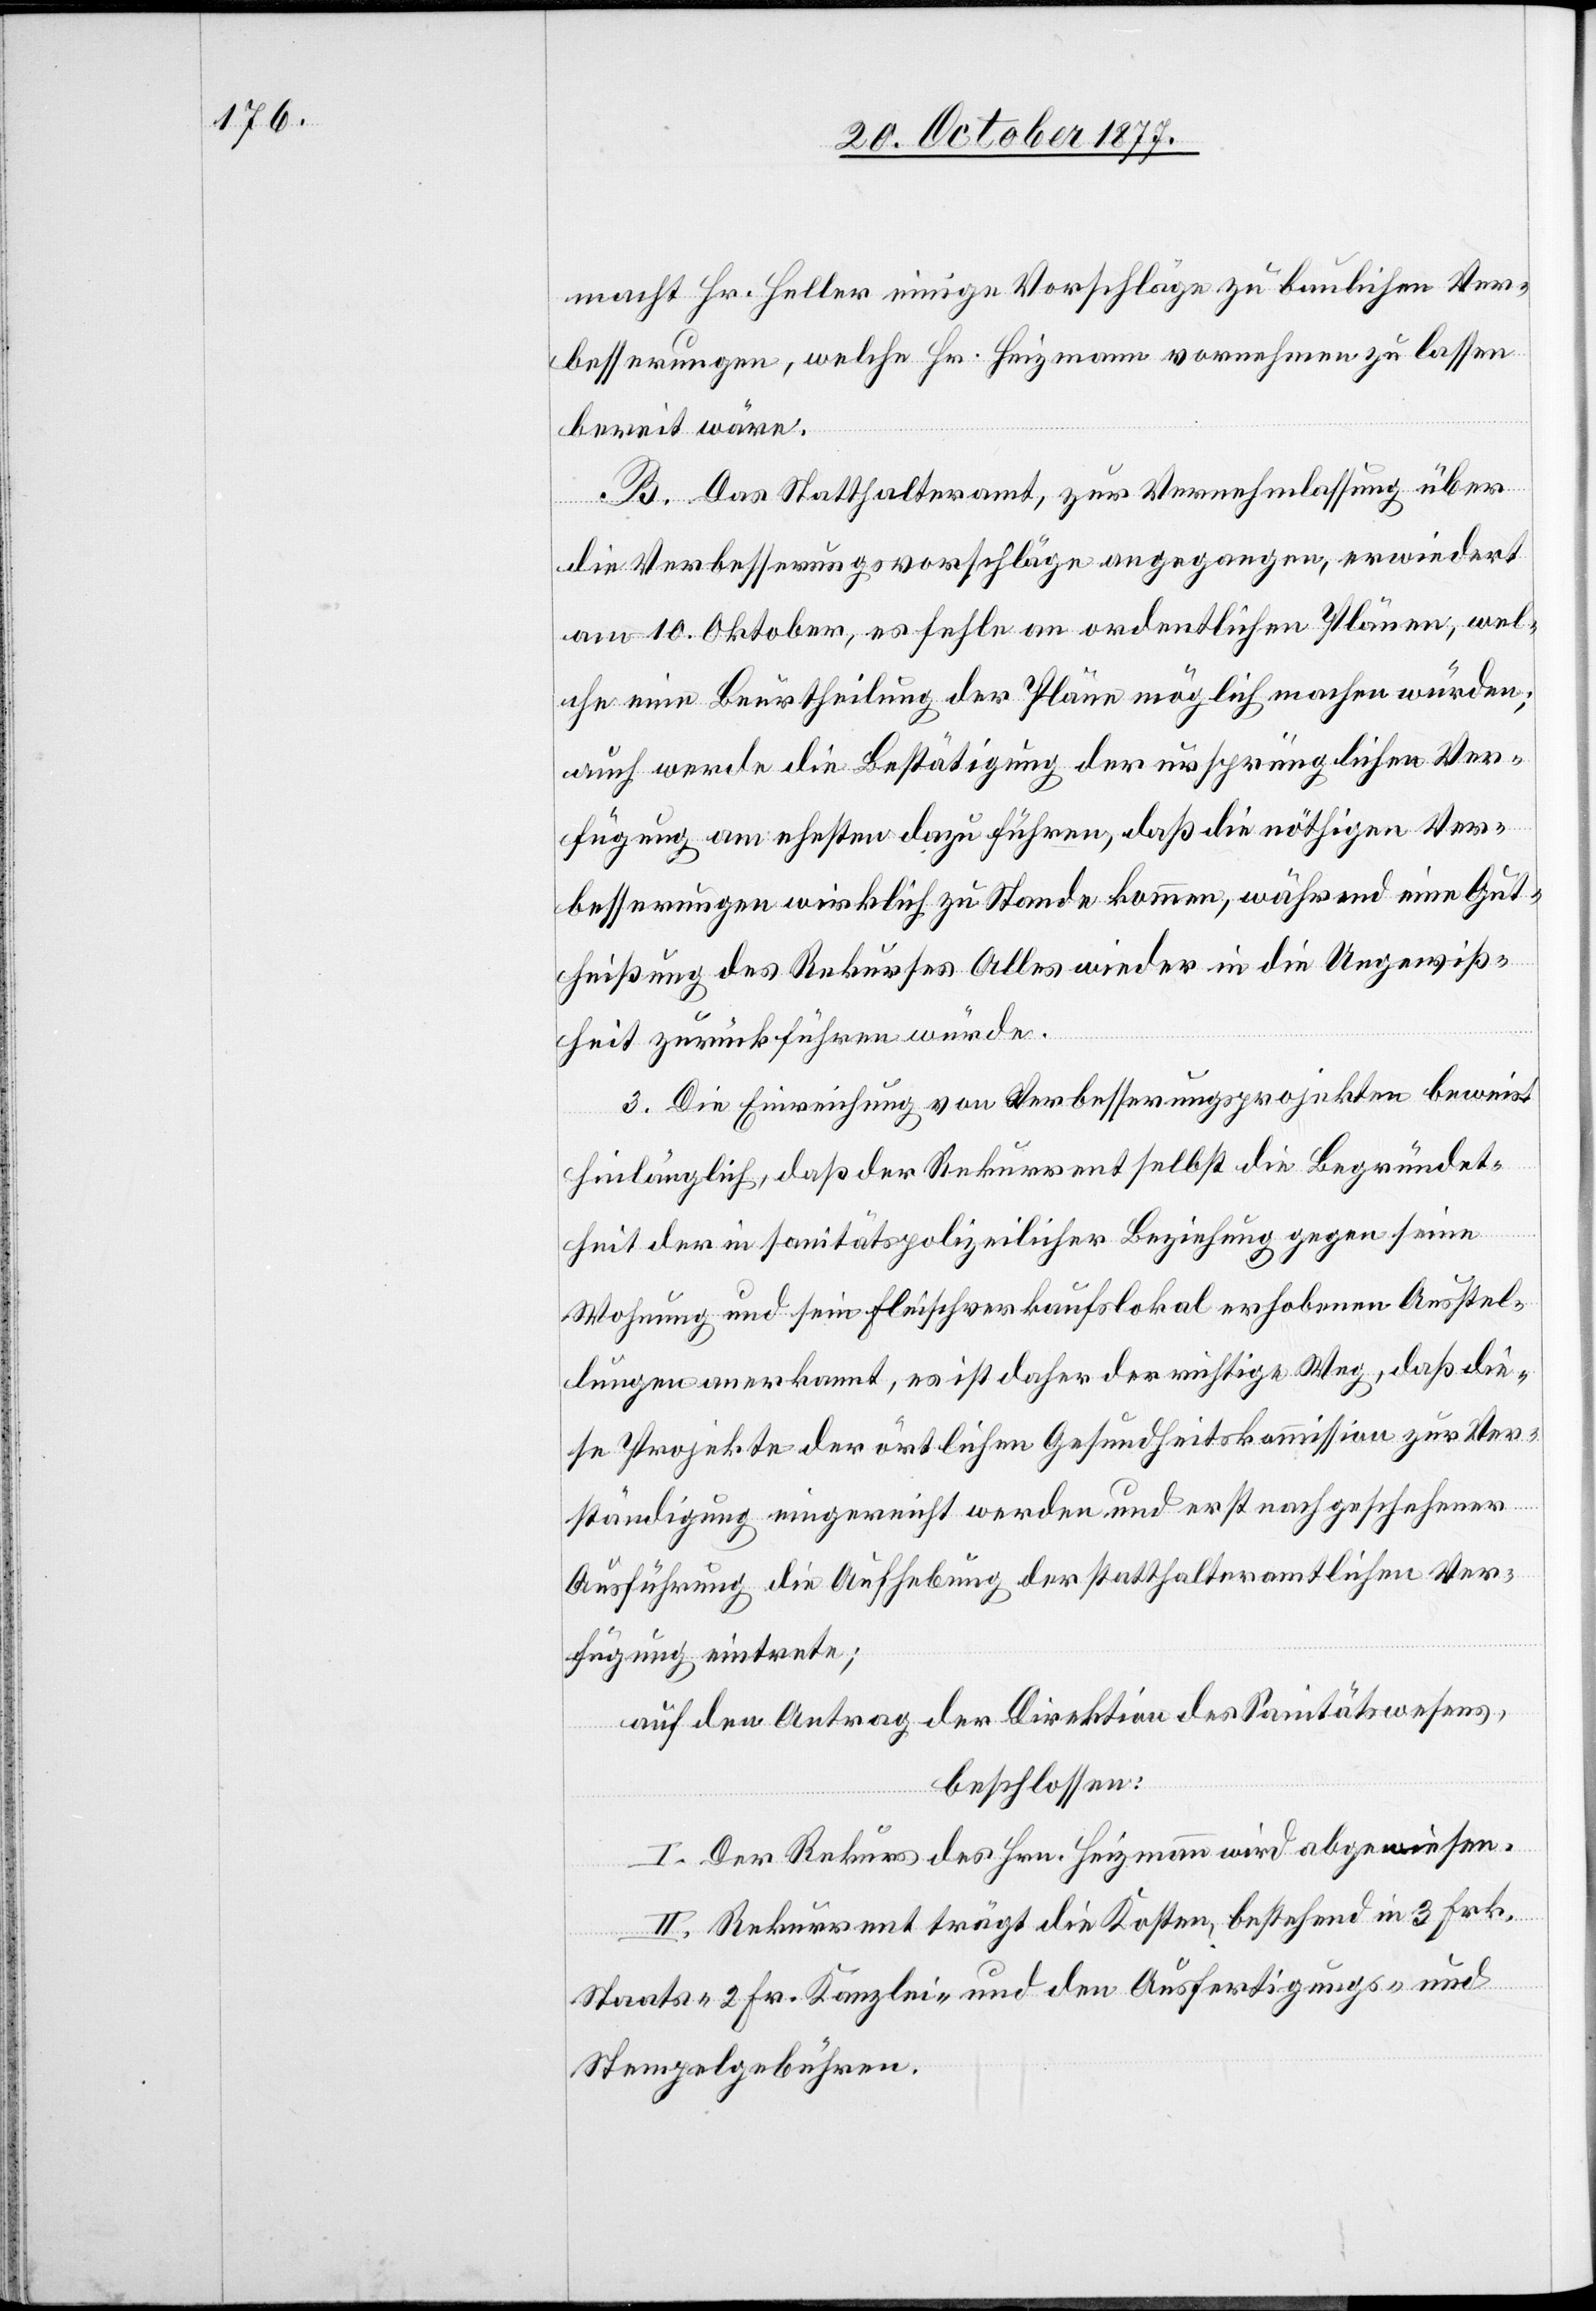
macht Hr. Heller einige Vorschläge zu baulichen Ver¬
besserungen, welche Hr. Heizmann vornehmen zu lassen
bereit wäre.
B. Das Statthalteramt, zur Vernehmlassung über
die Verbesserungsvorschläge angegangen, erwiedert
am 10. Oktober, es fehle an ordentlichen Plänen, wel¬
che eine Beurtheilung der Pläne möglich machen würden;
auch werde die Bestätigung der ursprünglichen Ver¬
fügung am ehesten dazu führen, daß die nöthigen Ver¬
besserungen wirklich zu Stande kommen, während eine Gut¬
heißung des Rekurses Alles wieder in die Ungewiß¬
heit zurückführen würde.
c!] Die Einreichung von Verbesserungsprojekten beweist
hinlänglich, daß der Rekurrent selbst die Begründet¬
heit der in sanitätspolizeilicher Beziehung gegen seine
Wohnung und sein Fleischverkaufslokal erhobenen Ausstel¬
lungen anerkannt, es ist daher der richtige Weg, daß die¬
se Projekte der örtlichen Gesundheitskommission zur Ver¬
ständigung eingereicht werden und erst nach geschehener
Ausführung die Aufhebung der statthalteramtlichen Ver¬
fügung eintrete;
auf den Antrag der Direktion des Sanitätswesens,
[si¬
beschlossen:
I. Der Rekurs des Hrn. Heizmann wird abgewiesen.
II. Rekurrent trägt die Kosten, bestehend in 3 Frk.
Staats-[,] 2 Fr. Kanzlei- und den Ausfertigungs- und
Stempelgebühren.